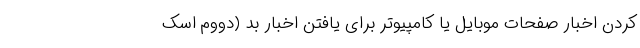
کردن اخبار صفحات موبایل یا کامپیوتر برای یافتن اخبار بد (دووم اسک